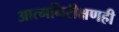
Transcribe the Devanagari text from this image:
आत्मनिरीक्षणही